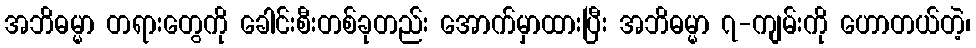
အဘိဓမ္မာ တရားတွေကို ခေါင်းစီးတစ်ခုတည်း အောက်မှာထားပြီး အဘိဓမ္မာ ၇-ကျမ်းကို ဟောတယ်တဲ့၊